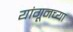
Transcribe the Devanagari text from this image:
यांगूनच्या